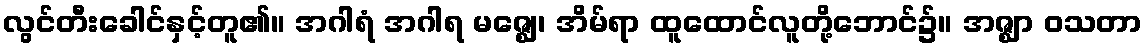
လွင်တီးခေါင်နှင့်တူ၏။ အဂါရံ အဂါရ မဇ္ဈေ၊ အိမ်ရာ ထူထောင်လူတို့ဘောင်၌။ အဇ္ဈာ ဝသတာ